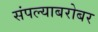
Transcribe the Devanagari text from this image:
संपल्याबरोबर